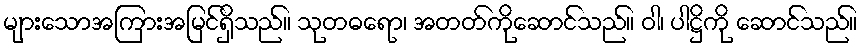
များသောအကြားအမြင်ရှိသည်။ သုတဓရော၊ အတတ်ကိုဆောင်သည်။ ဝါ၊ ပါဋ္ဌိကို ဆောင်သည်။